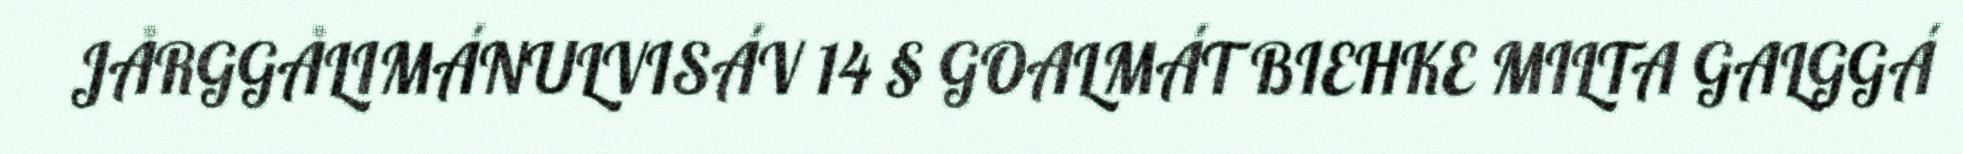
JÅRGGÅLIMÁNULVISÁV 14 § GOALMÁT BIEHKE MILTA GALGGÁ